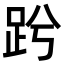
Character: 𧿝